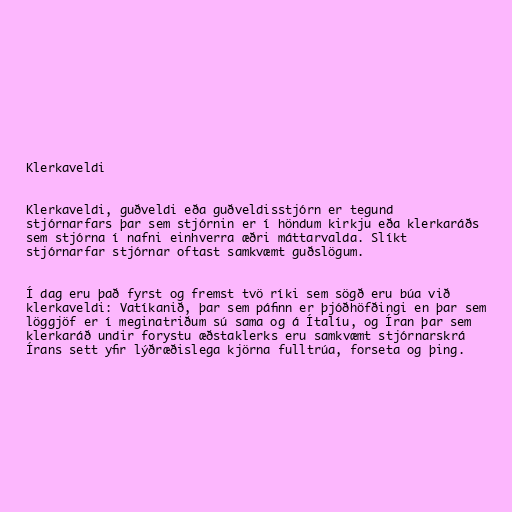
Klerkaveldi

Klerkaveldi, guðveldi eða guðveldisstjórn er tegund
stjórnarfars þar sem stjórnin er í höndum kirkju eða klerkaráðs
sem stjórna í nafni einhverra æðri máttarvalda. Slíkt
stjórnarfar stjórnar oftast samkvæmt guðslögum.

Í dag eru það fyrst og fremst tvö ríki sem sögð eru búa við
klerkaveldi: Vatíkanið, þar sem páfinn er þjóðhöfðingi en þar sem
löggjöf er í meginatriðum sú sama og á Ítalíu, og Íran þar sem
klerkaráð undir forystu æðstaklerks eru samkvæmt stjórnarskrá
Írans sett yfir lýðræðislega kjörna fulltrúa, forseta og þing.